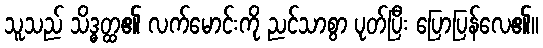
သူသည် သိဒ္ဓတ္ထ၏ လက်မောင်းကို ညင်သာစွာ ပုတ်ပြီး ပြောပြန်လေ၏။